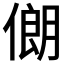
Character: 𱏃